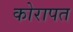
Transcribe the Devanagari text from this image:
कोरापत